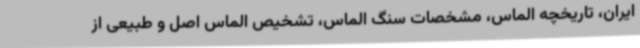
ایران، تاریخچه الماس، مشخصات سنگ الماس، تشخیص الماس اصل و طبیعی از